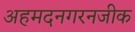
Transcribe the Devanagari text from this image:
अहमदनगरनजीक